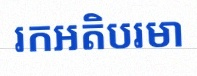
រកអតិបរមា